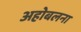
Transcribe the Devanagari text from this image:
अहोबलना